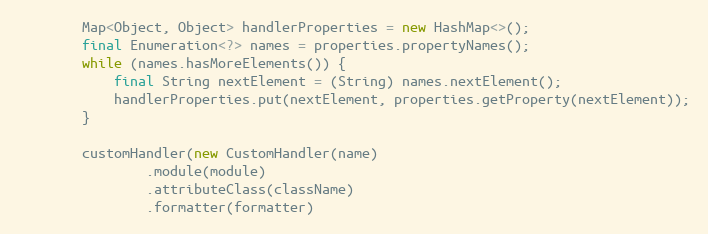
Language: Java
        Map<Object, Object> handlerProperties = new HashMap<>();
        final Enumeration<?> names = properties.propertyNames();
        while (names.hasMoreElements()) {
            final String nextElement = (String) names.nextElement();
            handlerProperties.put(nextElement, properties.getProperty(nextElement));
        }

        customHandler(new CustomHandler(name)
                .module(module)
                .attributeClass(className)
                .formatter(formatter)